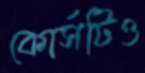
কোর্সটিও